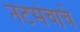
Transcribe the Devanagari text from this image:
नटसंचाचे